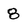
Character: 8